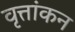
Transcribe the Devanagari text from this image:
वृत्तांकन